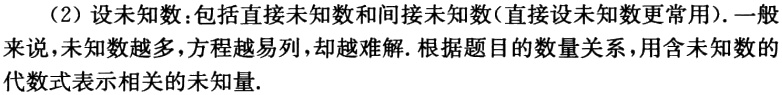
（2）设未知数：包括直接未知数和间接未知数(直接设未知数更常用). 一般来说，未知数越多，方程越易列，却越难解. 根据题目的数量关系，用含未知数的代数式表示相关的未知量.